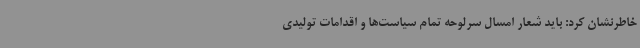
خاطرنشان کرد: باید شعار امسال سرلوحه تمام سیاست‌ها و اقدامات تولیدی